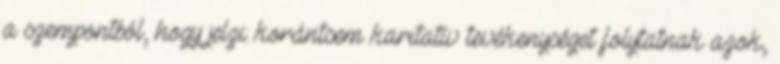
a szempontból, hogy jelzi: korántsem karitatív tevékenységet folytatnak azok,